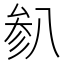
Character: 𫤯